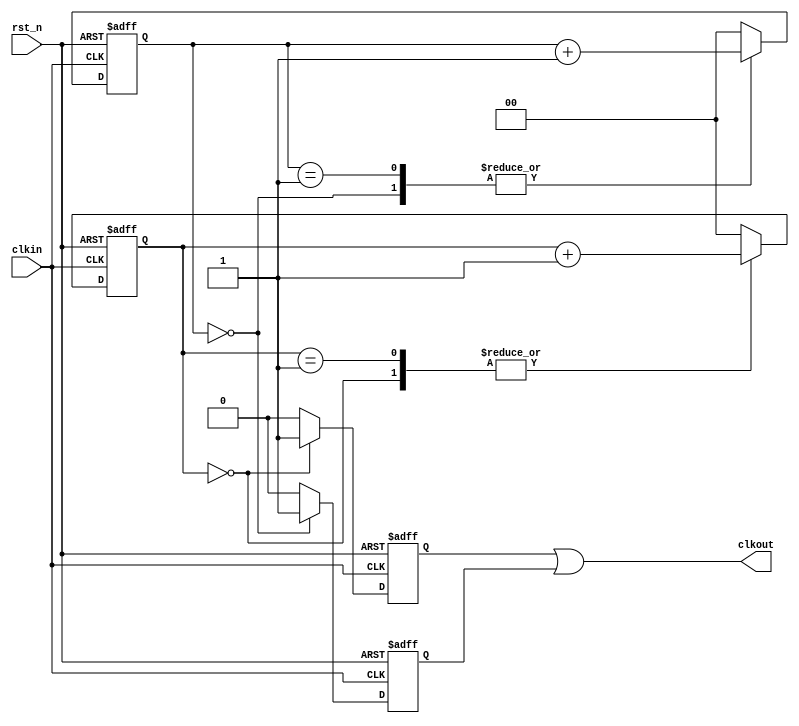
// clk div 3

module test_div3(clkin,rst_n,clkout);
	input clkin;
	input rst_n;
	output clkout;

	reg [1:0] count1,count2;

	reg pos,neg;

	always @(posedge clkin or negedge rst_n)
		begin
			if(!rst_n)
				begin
					count1<=2'd0;
					pos<=1'b0;
				end
			else
				begin
					case(count1)
						2'd0:
							begin
								pos<=1'b1;
								count1<=count1+1'b1;
							end
						2'd1:
							begin
								pos<=1'b0;
								count1<=count1+1'b1;
							end
						2'd2:
							begin
								pos<=1'b0;
								count1<=2'd0;
							end
						default:
							begin
								pos<=1'b0;
								count1<=2'd0;
							end
					endcase
				end
		end

	always @(negedge clkin or negedge rst_n)
		begin
			if(!rst_n)
				begin
					count2<=2'd0;
					neg<=1'b0;
				end
			else
				begin
					case(count2)
						2'd0:
							begin
								neg<=1'b1;
								count2<=count2+1'b1;
							end
						2'd1:
							begin
								neg<=1'b0;
								count2<=count2+1'b1;
							end
						2'd2:
							begin
								neg<=1'b0;
								count2<=2'd0;
							end
						default:
							begin
								neg<=1'b0;
								count2<=2'd0;
							end
					endcase
				end
		end


	assign clkout=pos|neg;
endmodule